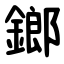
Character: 鎯